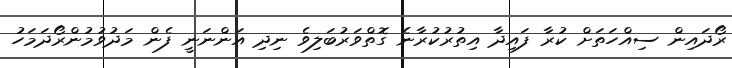
ރޯދައިން ސިއްހަތަށް ކުރާ ފައިދާ އިތުރުކުރާނެ ގޮތްވަރުބަލިވެ ނިދި އަންނަނީ ފެން މަދުވުމުންރޯދަމަހު